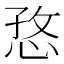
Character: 㤵